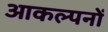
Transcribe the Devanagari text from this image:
आकल्पनों